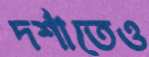
দর্শাতেও